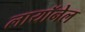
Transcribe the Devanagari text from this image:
लायॉनेल